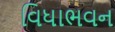
વિધાભવન